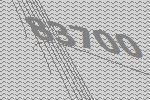
83700